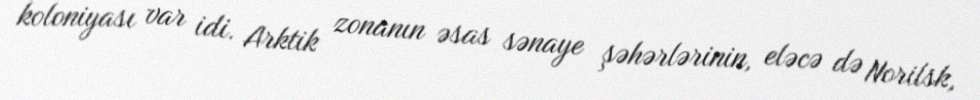
koloniyası var idi. Arktik zonanın əsas sənaye şəhərlərinin, eləcə də Norilsk,